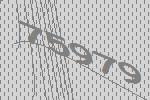
75979